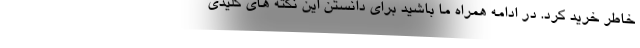
خاطر خرید کرد. در ادامه همراه ما باشید برای دانستن این نکته های کلیدی